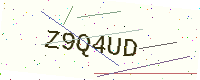
Text: Z9Q4UD